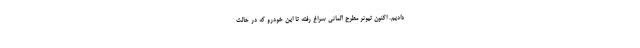
دادیم. اکنون تیونر مطرح آلمانی سراغ رفته تا این خودرو که در حالت